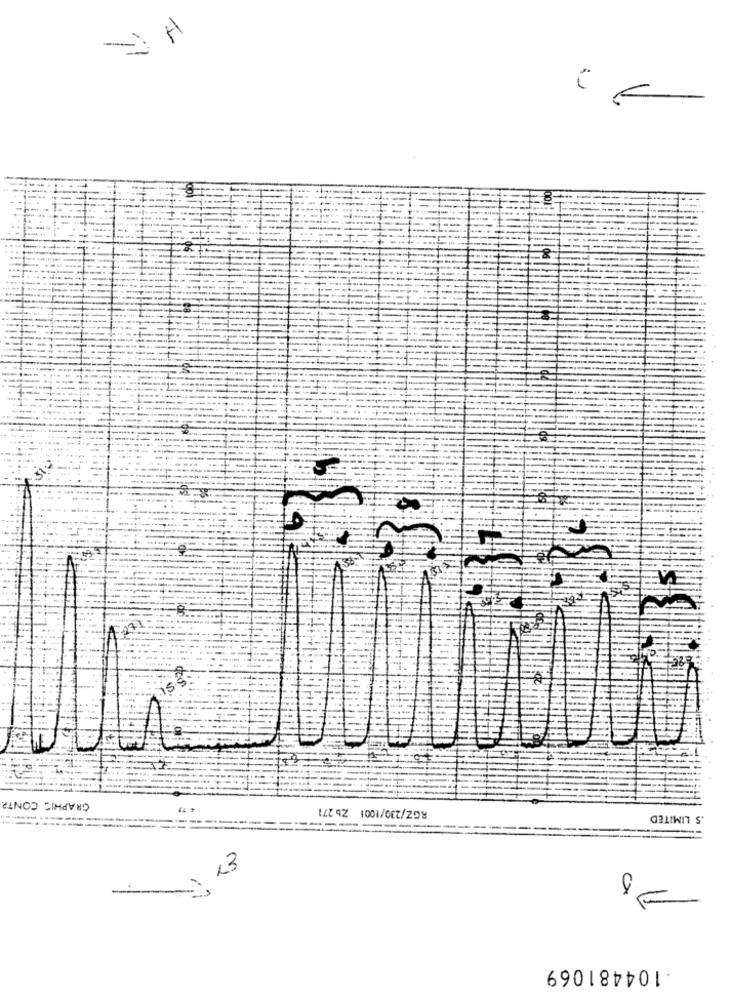
GRAPHIC CONTA
RGZ/230/1001 Zb 271
.S LIMITED
23
a
.104481069